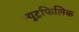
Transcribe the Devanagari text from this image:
न्यूट्रफिलिक